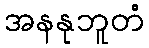
အနနုဘူတံ